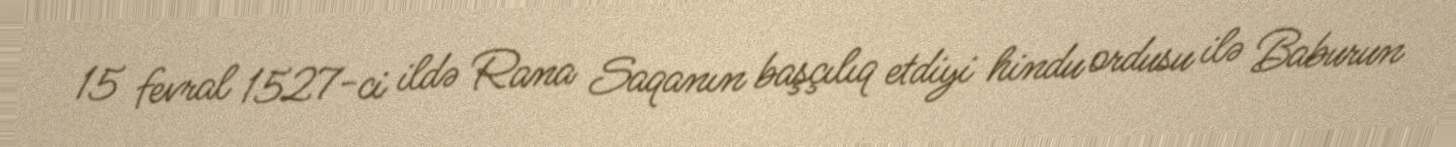
15 fevral 1527-ci ildə Rana Saqanın başçılıq etdiyi hindu ordusu ilə Baburun